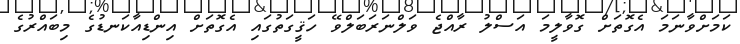
ކަމަށްވާނަމަ އެގޮތަށް ގޮވާލީމަ އަސްލު ރާއްޖެ ވަލްނަރަބަލްވޭ ހަޤީގަތުގައި އެގޮތަށް އިންޑިއާކަނޑުގެ މިބައްރުގެ